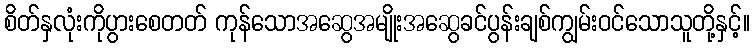
စိတ်နှလုံးကိုပွားစေတတ် ကုန်သောအဆွေအမျိုးအဆွေခင်ပွန်းချစ်ကျွမ်းဝင်သောသူတို့နှင့်။